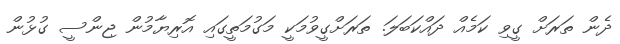
ދެން ތަރަށް ގީވި ކަމެއް ދައްކަބަލަ. ތަރަށްގީވުމަކީ މަގުމަތީގައި އޮރިޔާމުން ޖިންސީ ގުޅުން